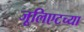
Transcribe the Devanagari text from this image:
जूलिएटच्या